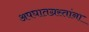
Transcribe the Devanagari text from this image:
अपघातग्रस्तांना